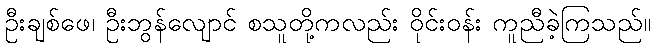
ဦးချစ်ဖေ၊ ဦးဘွန်လျောင် စသူတို့ကလည်း ဝိုင်းဝန်း ကူညီခဲ့ကြသည်။